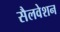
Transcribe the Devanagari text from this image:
सैलवेशन